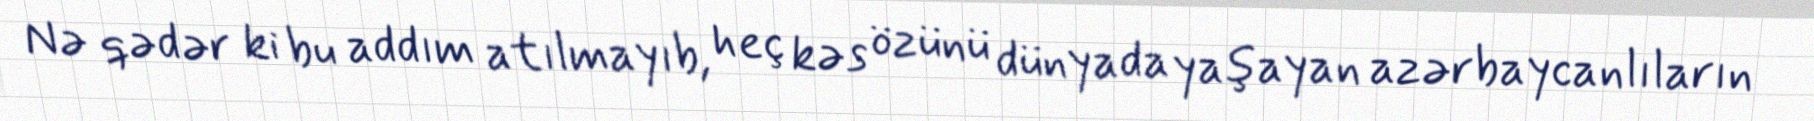
Nə qədər ki bu addım atılmayıb, heç kəs özünü dünyada yaşayan azərbaycanlıların